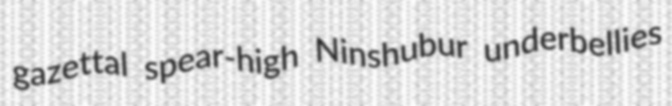
gazettal spear-high Ninshubur underbellies